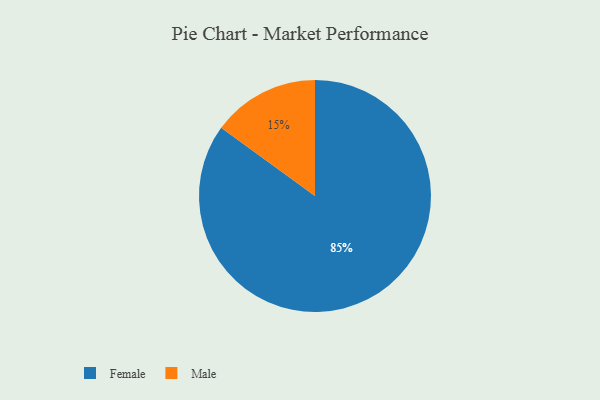
{"axis": {"x": "Category", "y": "Percentage"}, "legend": ["Female", "Male"], "data": [{"x": "Male", "y": 15, "type": "Male"}, {"x": "Female", "y": 85, "type": "Female"}]}